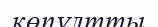
көпұлтты